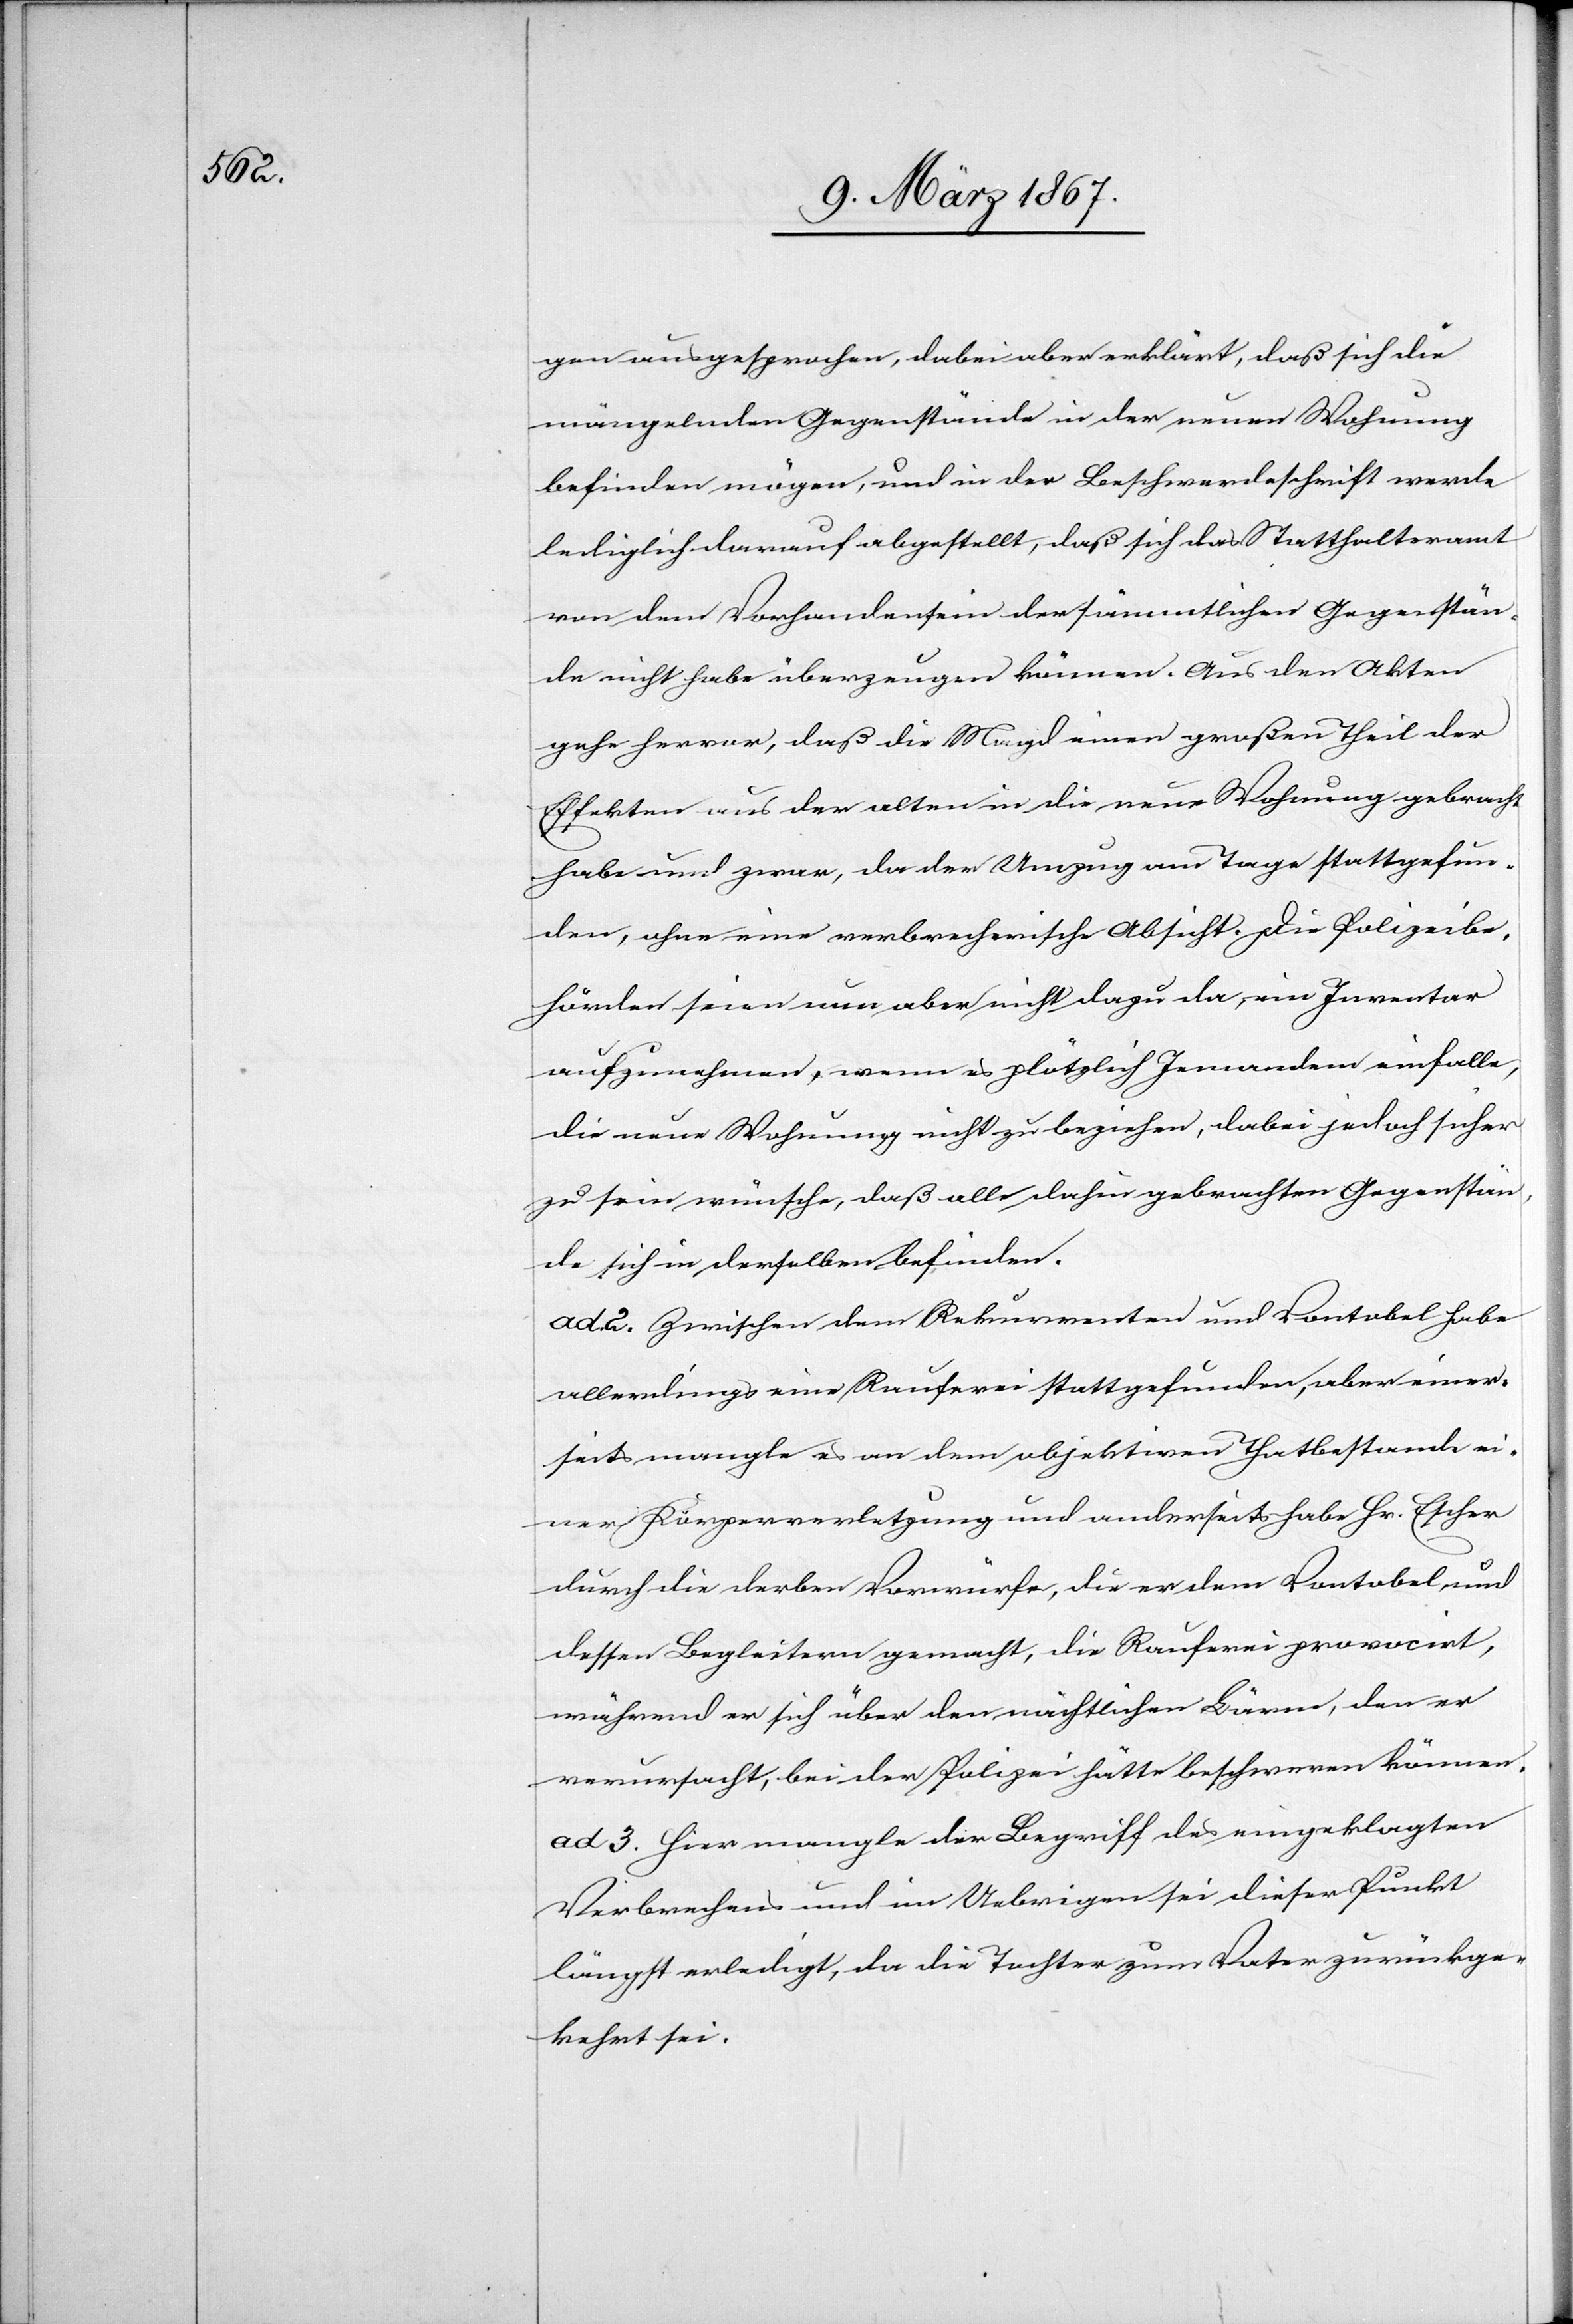
gen ausgesprochen, dabei aber erklärt, daß sich die
mängelnden Gegenstände in der neuen Wohnung
befinden mögen, und in der Beschwerdeschrift werde
lediglich darauf abgestellt, daß sich das Statthalteramt
von dem Vorhandensein der sämmtlichen Gegenstän¬
de nicht habe überzeugen können. Aus den Akten
gehe hervor, daß die Magd einen großen Theil der
Effekten aus der alten in die neue Wohnung gebracht
habe und zwar, da der Umzug am Tage stattgefun¬
den, ohne eine verbrecherische Absicht. Die Polizeibe¬
hörden seien nun aber nicht dazu da, ein Inventar
aufzunehmen, wenn es plötzlich Jemandem einfalle,
die neue Wohnung nicht zu beziehen, dabei jedoch sicher
zu sein wünsche, daß alle dahin gebrachten Gegenstän¬
de sich in derselben befinden.
ad 2.	Zwischen dem Rekurrenten und Vontobel habe
allerdings eine Rauferei stattgefunden, aber einer¬
seits mangle es an dem objektiven Thatbestand ei¬
ner Körperverletzung und anderseits habe Hr. Escher
durch die derben Vorwürfe, die er dem Vontobel und
dessen Begleitern gemacht, die Rauferei provocirt,
während er sich über den nächtlichen Lärm, den er
verursacht, bei der Polizei hätte beschweren können.
ad 3.	Hier mangle der Begriff des eingeklagten
Verbrechens und im Uebrigen sei dieser Punkt
längst erledigt, da die Tochter zum Vater zurückge¬
kehrt sei.